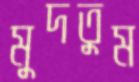
মুদতুম